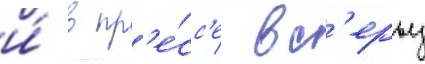
и́ в пр'е́сс'е вс'ерьез